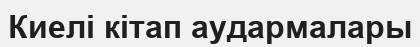
Киелі кітап аудармалары